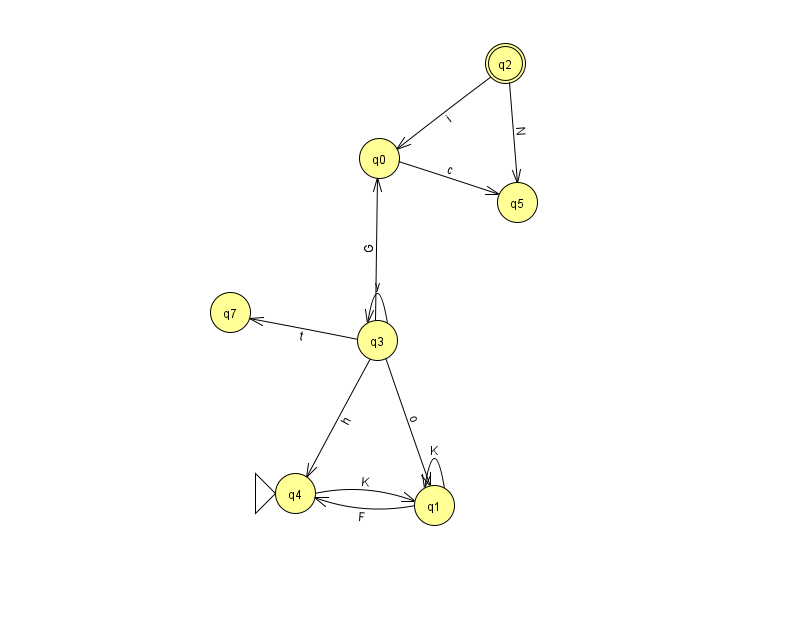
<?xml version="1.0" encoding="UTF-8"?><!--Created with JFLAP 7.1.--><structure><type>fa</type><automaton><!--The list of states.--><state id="0" name="q0"><x>379.0</x><y>145.0</y></state><state id="1" name="q1"><x>434.0</x><y>492.0</y></state><state id="2" name="q2"><x>505.0</x><y>50.0</y><final/></state><state id="3" name="q3"><x>377.0</x><y>327.0</y></state><state id="4" name="q4"><x>295.0</x><y>480.0</y><initial/></state><state id="5" name="q5"><x>517.0</x><y>189.0</y></state><state id="7" name="q7"><x>230.0</x><y>299.0</y></state><!--The list of transitions.--><transition><from>3</from><to>7</to><read>t</read></transition><transition><from>0</from><to>5</to><read>c</read></transition><transition><from>1</from><to>4</to><read>F</read></transition><transition><from>3</from><to>1</to><read>o</read></transition><transition><from>3</from><to>0</to><read>G</read></transition><transition><from>3</from><to>3</to><read>y</read></transition><transition><from>4</from><to>1</to><read>K</read></transition><transition><from>1</from><to>1</to><read>K</read></transition><transition><from>2</from><to>0</to><read>i</read></transition><transition><from>2</from><to>5</to><read>N</read></transition><transition><from>3</from><to>4</to><read>h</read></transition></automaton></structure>